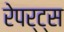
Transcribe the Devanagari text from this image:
रेपर्ट्स